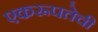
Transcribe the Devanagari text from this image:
एकरूपतेची